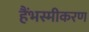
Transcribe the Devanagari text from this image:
हैंभस्मीकरण